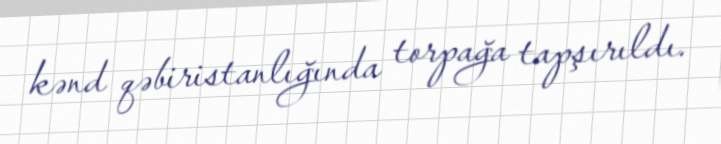
kənd qəbiristanlığında torpağa tapşırıldı.